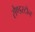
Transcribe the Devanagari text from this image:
सैण्डस्टोन